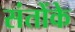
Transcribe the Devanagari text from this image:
संतोंके